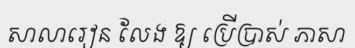
សាលារៀន លែង ឱ្យ ប្រើប្រាស់ ភាសា